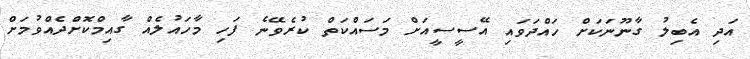
އަދި އެބިލު ގާނޫނަކަށް ހައްދަވައި އޭސީސީއަށް މަސައްކަތް ކުރެވޭނެ ފަހި މާހައުލެއް ގާއިމްކޮށްދެއްވުމަށް